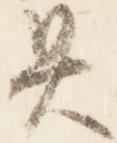
具